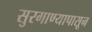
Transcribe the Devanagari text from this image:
सुरगाण्यापासून